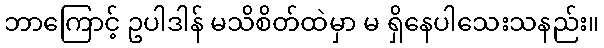
ဘာကြောင့် ဥပါဒါန် မသိစိတ်ထဲမှာ မ ရှိနေပါသေးသနည်း။